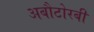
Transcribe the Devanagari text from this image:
अबौटोरबी